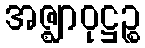
အဇ္ဈာဝုဋ္ဌဉ္စ